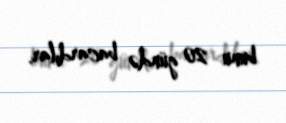
bunu 20 gündə bacardılar.